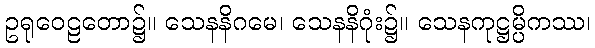
ဥရုဝေဠတော၌။ သေနနိဂမေ၊ သေနနိဂုံး၌။ သေနကုဋ္ဌမ္ပိကဿ၊